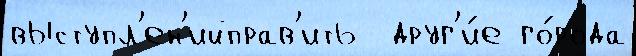
выступл'ен'ийправ'ить  друг'и́е го́рода